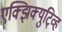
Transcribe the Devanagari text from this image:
एक्झिक्युटि्व्ह